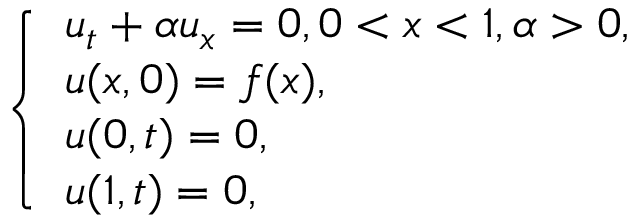
\left\{ \begin{array} { l l } { u _ { t } + \alpha u _ { x } = 0 , 0 < x < 1 , \alpha > 0 , } \\ { u ( x , 0 ) = f ( x ) , } \\ { u ( 0 , t ) = 0 , } \\ { u ( 1 , t ) = 0 , } \end{array} \right.